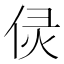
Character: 𠈳